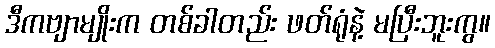
ဒီကဗျာမျိုးက တစ်ခါတည်း ဖတ်ရုံနဲ့ မပြီးဘူးကွ။